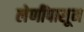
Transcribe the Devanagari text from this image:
लेणींपासून